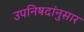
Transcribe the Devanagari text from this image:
उपनिषदांनुसार